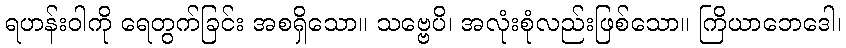
ရဟန်းဝါကို ရေတွက်ခြင်း အစရှိသော။ သဗ္ဗေပိ၊ အလုံးစုံလည်းဖြစ်သော။ ကြိယာဘေဒေါ၊